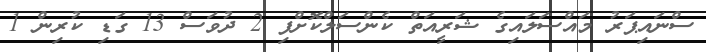
ސްނައިޕަރު މައްސަލައިގެ ޝަރީއަތް ކެންސަލްކޮށްފި 2 ދުވަސް 13 ގަޑި ކުރިން 1